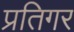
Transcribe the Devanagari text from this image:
प्रतिगर